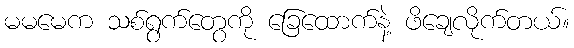
မမမေက သစ်ရွက်တွေကို ခြေထောက်နဲ့ ဖိချေလိုက်တယ်။